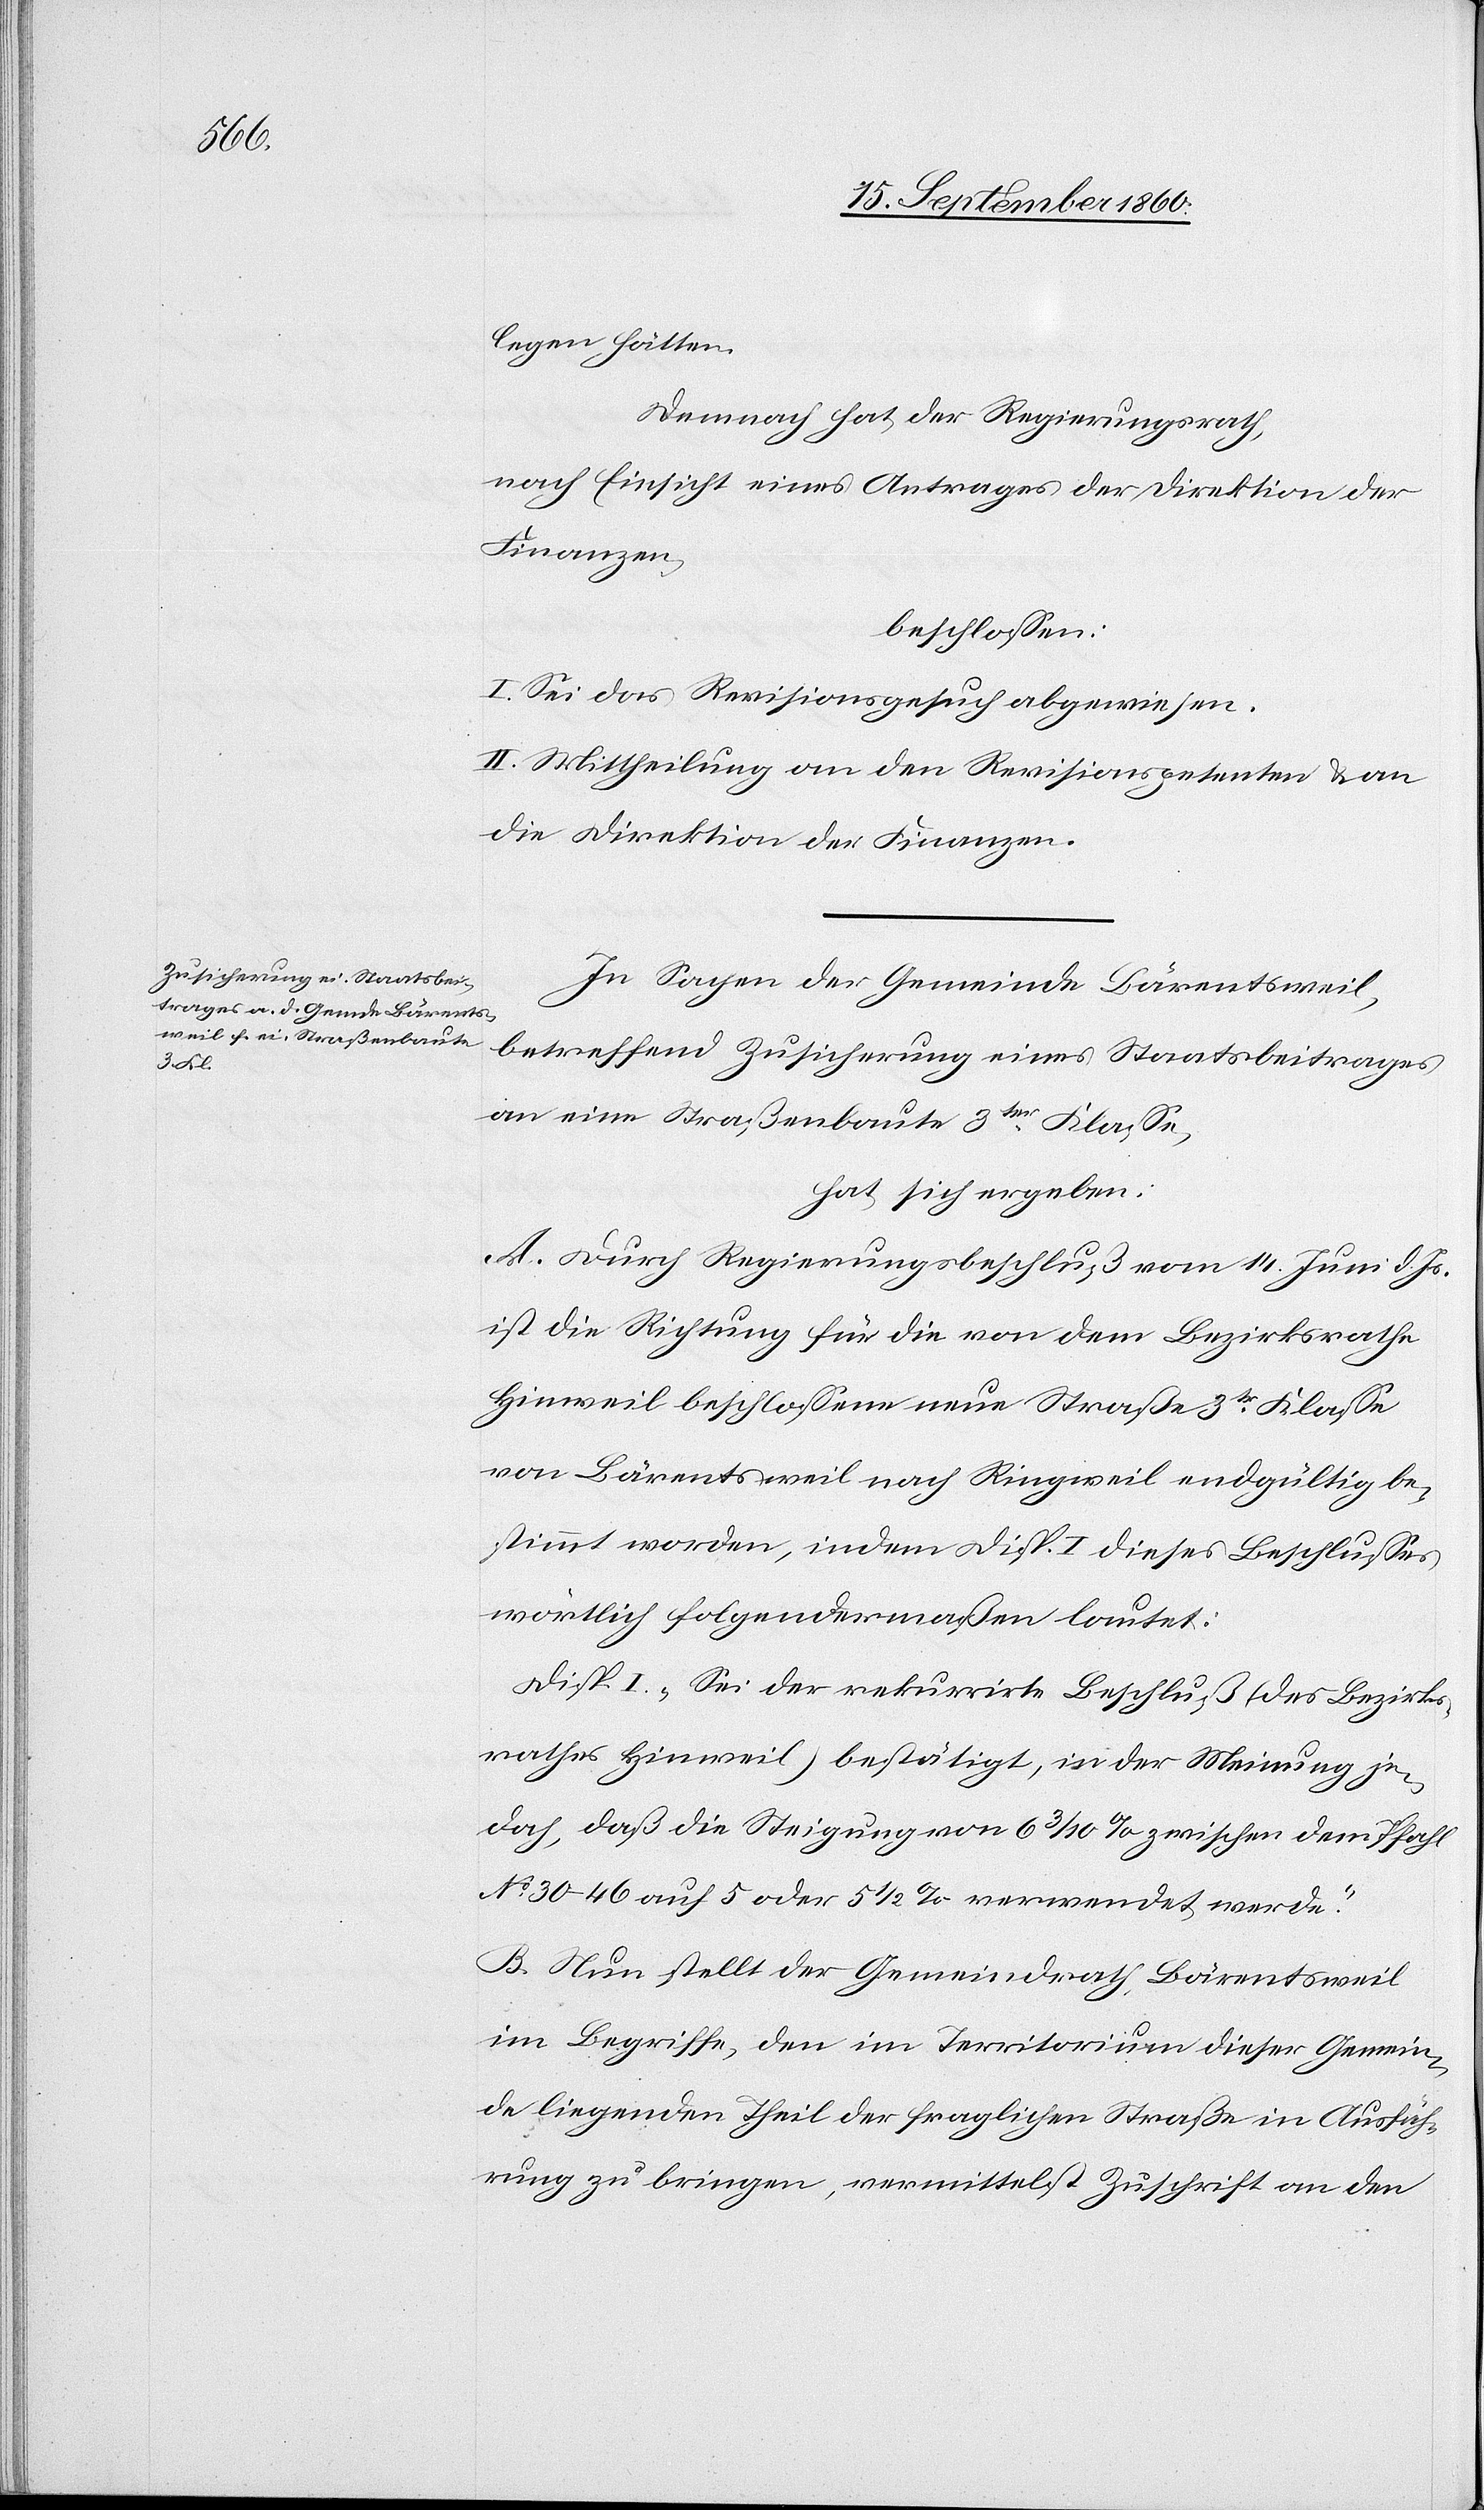
legen hätten.
Demnach hat der Regierungsrath,
nach Einsicht eines Antrages der Direktion der
Finanzen,
beschlossen:
II. Sei das Revisionsgesuch abgewiesen.
II. Mittheilung an den Revisionspetenten u. an
die Direktion der Finanzen.
In Sachen der Gemeinde Bärentsweil,
betreffend Zusicherung eines Staatsbeitrages
an eine Straßenbaute 3ter Klasse,
hat sich ergeben:
A. Durch Regierungsbeschluß vom 14. Juni d. Js.
ist die Richtung für die von dem Bezirksrathe
Hinweil beschlossene neue Straße 3tr Klasse
von Bärentsweil nach Ringweil endgültig be¬
stimmt worden, indem Disp. I dieses Beschlusses
wörtlich folgendermaßen lautet:
Disp. I. „Sei der rekurrirte Beschluß (des Bezirks¬
rathes Hinweil) bestätigt, in der Meinung je¬
doch, daß die Steigung von 6 3/10% zwischen dem Pfahl
No 30–46 auf 5 oder 5 1/2% verwendet werde.“
B. Nun stellt der Gemeindrath Bärentsweil
im Begriffe, den im Territorium dieser Gemein¬
de liegenden Theil der fraglichen Straße in Ausfüh¬
rung zu bringen, vermittelst Zuschrift an den